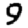
Digit: 9